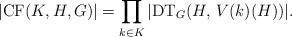
LaTeX: \begin{align*}\vert\mathrm{CF}(K, H, G)\vert = \prod_{k\in K} \vert \mathrm{DT}_G(H,\, V(k)(H))\vert.\end{align*}